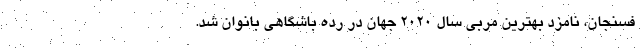
فسنجان، نامزد بهترین مربی سال ۲۰۲۰ جهان در رده باشگاهی بانوان شد.